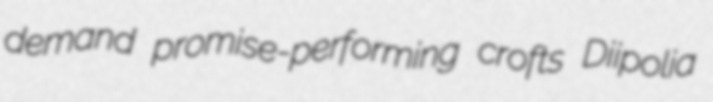
demand promise-performing crofts Diipolia